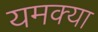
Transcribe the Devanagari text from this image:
यमक्या